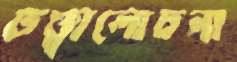
তত্ত্বালোচনা